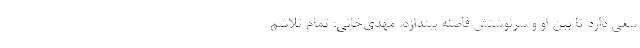
سعی دارد تا بین او و سرنوشتش فاصله بیندازد. مهدی‌خانی: تمام تلاشم